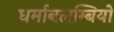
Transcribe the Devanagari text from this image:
धर्माबलम्बियों